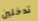
تدخلين